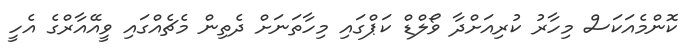
ކޮންމެއަކަސް މިހާރު ކުރިއަށްދާ ވޯލްޑް ކަޕްގައި މިހާތަނަށް ދެތިން މެޗެއްގައި ވީއޭއާރްގެ އެހީ